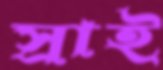
স্রাই